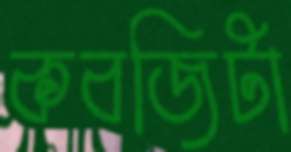
কবজিটা